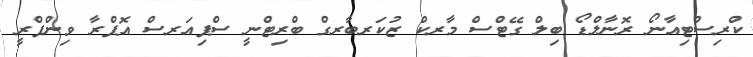
ކްރިސްޓިއާނޯ ރޮނާލްޑޯ ބިލް ގޭޓްސް މާރކް ޒުކަރބާރގް ބްރިޓްނީ ސްޕިއަރސް އޮޕްރާ ވިންފްރީ